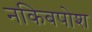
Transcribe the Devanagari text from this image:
नकिबपोश